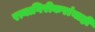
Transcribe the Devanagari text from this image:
रत्नागिरीकरांनाही